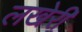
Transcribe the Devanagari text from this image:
लखेरी